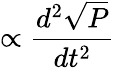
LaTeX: \propto\frac{d^{2}\sqrt{P}}{dt^{2}}